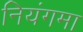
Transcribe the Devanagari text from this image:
नियंगमा